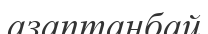
азаптанбай